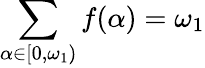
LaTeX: \sum_{\alpha\in[0,\omega_{1})}f(\alpha)=\omega_{1}